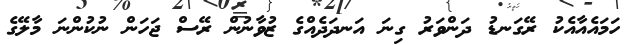
ހަމައެއާއެކު ރޭގަނޑު ދަންވަރު ގިނަ އަނދަދެއްގެ ޒުވާނުން ރޭސް ޖަހަން ނުކުންނަ މާލޭގެ